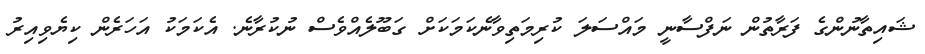
ޝައިތާނުންގެ ފަރާތުން ނަފްސާނީ މައްސަލަ ކުރިމަތިވާނެކަމަކަށް ގަބޫލެއްވެސް ނުކުރާނެ. އެކަމަކު އަހަރެން ކިޔެވިއިރު